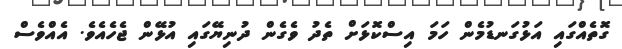
ގޮތެއްގައި އަޅުގަނޑުމެން ހަމަ އިސްކޮޅަށް ތެދު ވެގެން ދުނިޔޭގައި އުޅޭން ޖެހެއެވެ. އެއްވެސް